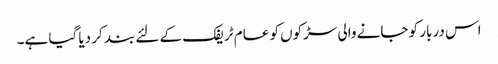
اس دربار کو جانے والی سڑکوں کو عام ٹریفک کے لئے بند کر دیا گیا ہے۔